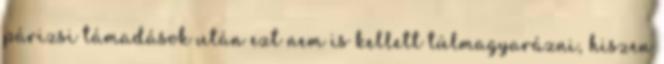
párizsi támadások után ezt nem is kellett túlmagyarázni, hiszen